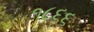
૧૮૬૬